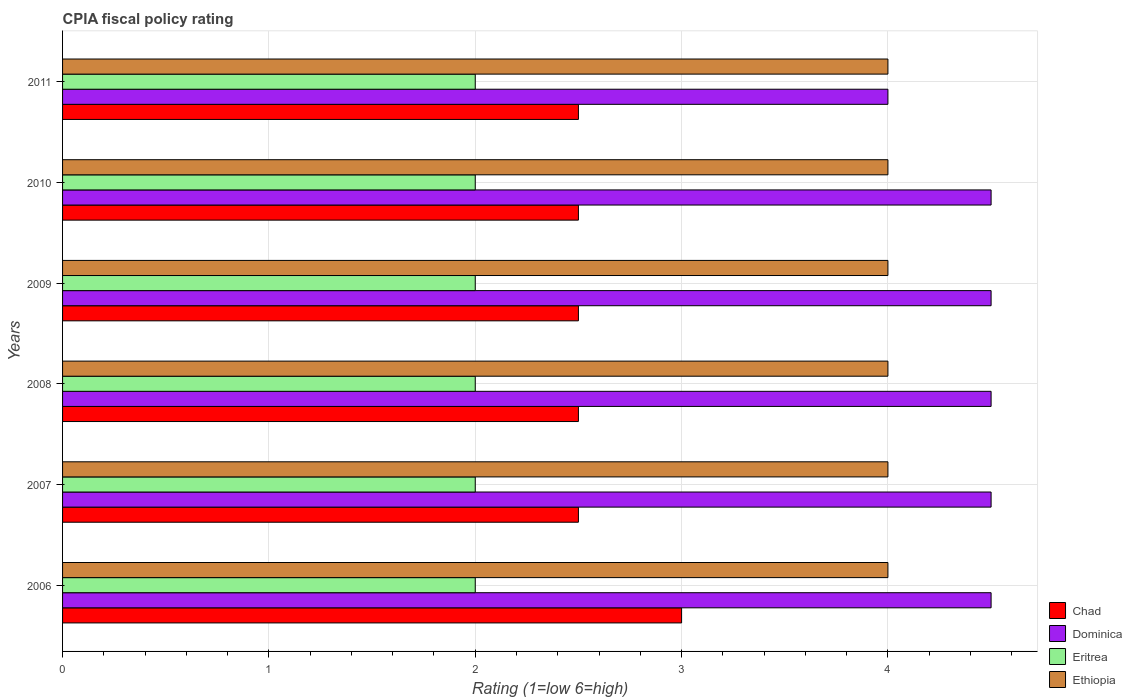
| Years | Chad | Dominica | Eritrea | Ethiopia |
 | --- | --- | --- | --- | --- |
 | 2006 | 3 | 4.5 | 2 | 4 |
 | 2007 | 2.5 | 4.5 | 2 | 4 |
 | 2008 | 2.5 | 4.5 | 2 | 4 |
 | 2009 | 2.5 | 4.5 | 2 | 4 |
 | 2010 | 2.5 | 4.5 | 2 | 4 |
 | 2011 | 2.5 | 4 | 2 | 4 |